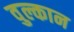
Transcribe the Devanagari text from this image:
वुल्कान